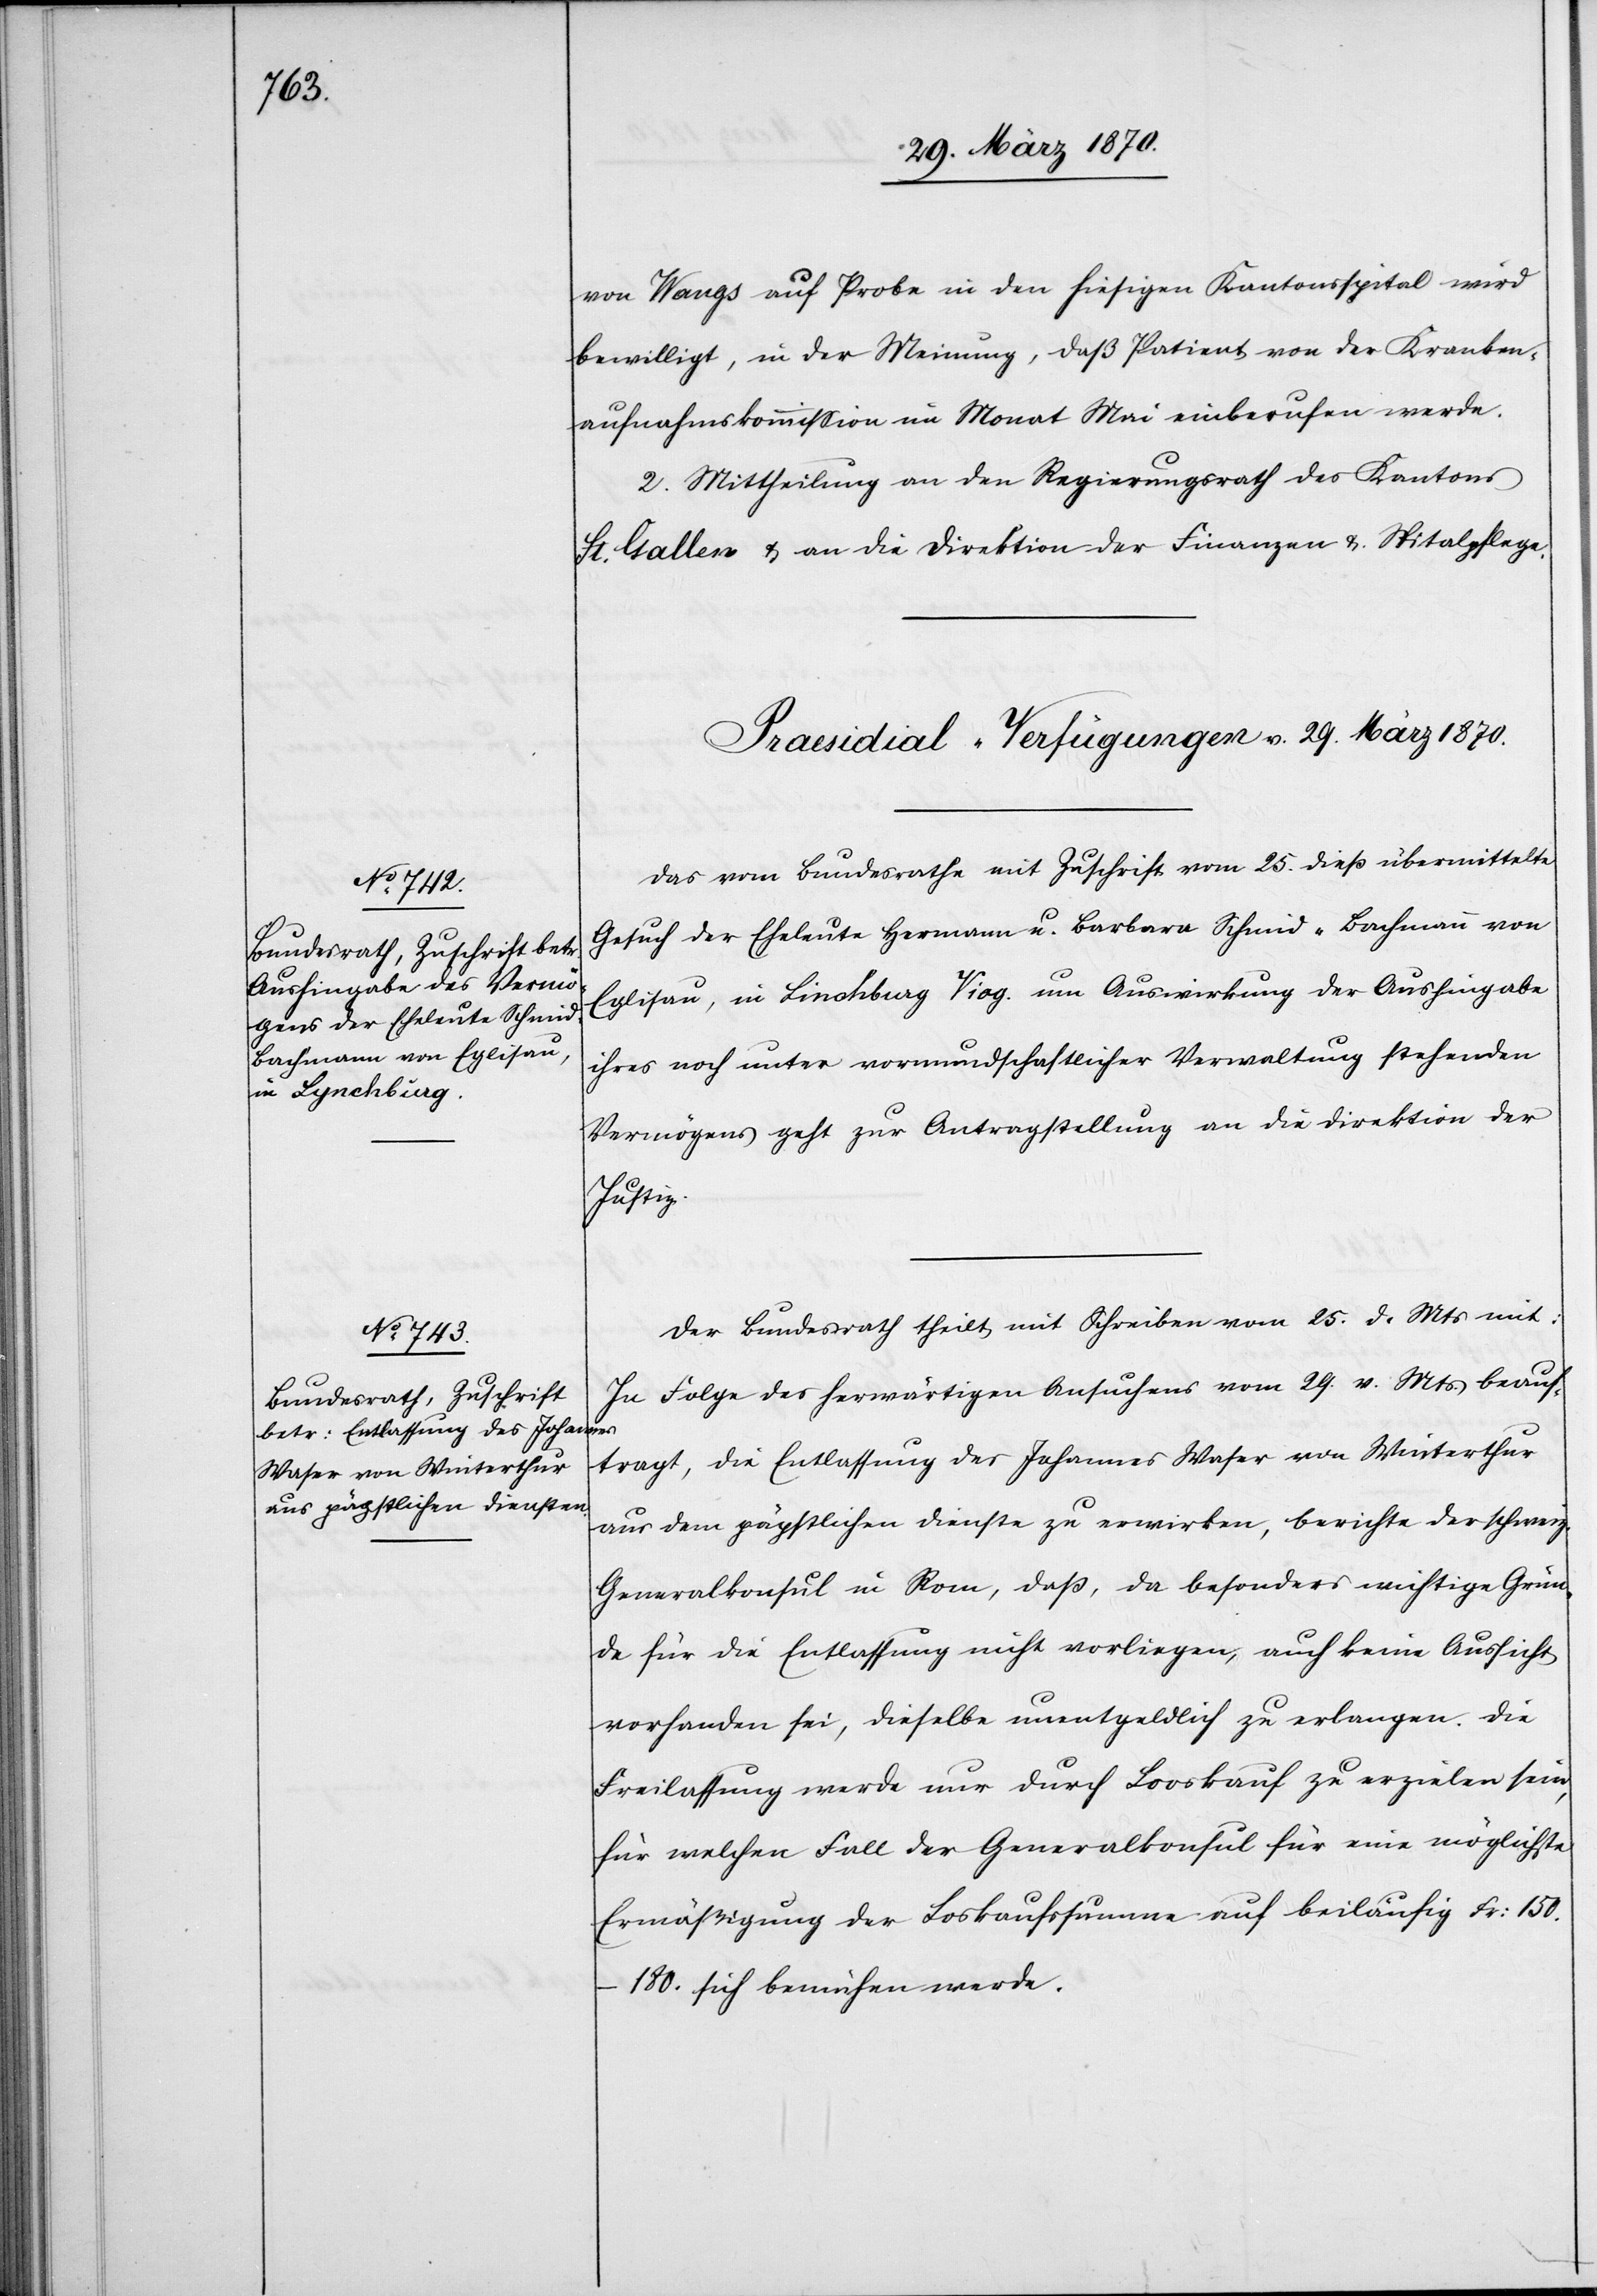
von Wangs [sic!] auf Probe in den hiesigen Kantonsspital wird
bewilligt, in der Meinung, daß Patient von der Kranken¬
aufnahmskommission im Monat Mai einberufen werde.
2. Mittheilung an den Regierungsrath des Kantons
St. Gallen & an die Direktion der Finanzen & Spitalpflege.
[Praesidial-Verfügungen v. 29. März 1870.]
Das vom Bundesrathe mit Zuschrift vom 25. dieß übermittelte
Gesuch der Eheleute Hermann u. Barbara Schmid-Bachmann von
ihres noch unter vormundschaftlicher Verwaltung stehenden
Linchburg
Vermögens geht zur Antragstellung an die Direktion der
Justiz.
Der Bundesrath theilt mit Schreiben vom 25. d. Mts mit:
In Folge des herwärtigen Ansuchens vom 29. v. Mts beauf¬
tragt, die Entlassung des Johannes Waser von Winterthur
aus dem päpstlichen Dienste zu erwirken, berichte der schweiz.
Generalkonsul in Rom, daß, da besonders wichtige Grün¬
de für die Entlassung nicht vorliegen, auch keine Aussicht
vorhanden sei, dieselbe unentgeldlich zu erlangen. Die
Freilassung werde nur durch Looskauf zu erzielen sein,
für welchen Fall der Generalkonsul für eine möglichste
Ermäßigung der Loskaufssumme auf beiläufig Fr:
150.–180. sich bemühen werde.